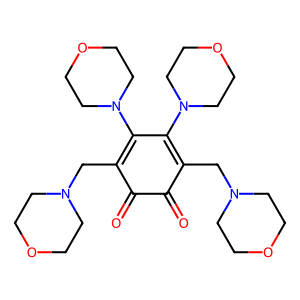
SMILES: O=C1C(=O)C(CN2CCOCC2)=C(N2CCOCC2)C(N2CCOCC2)=C1CN1CCOCC1
Inhibits HIV replication: No